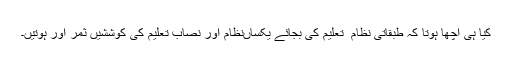
کیا ہی اچھا ہوتا کہ طبقاتی نظام ِ تعلیم کی بجائے یکساںنظام اور نصابِ تعلیم کی کوششیں ثمر آور ہوتیں۔